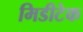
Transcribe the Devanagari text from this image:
मिडीटेक